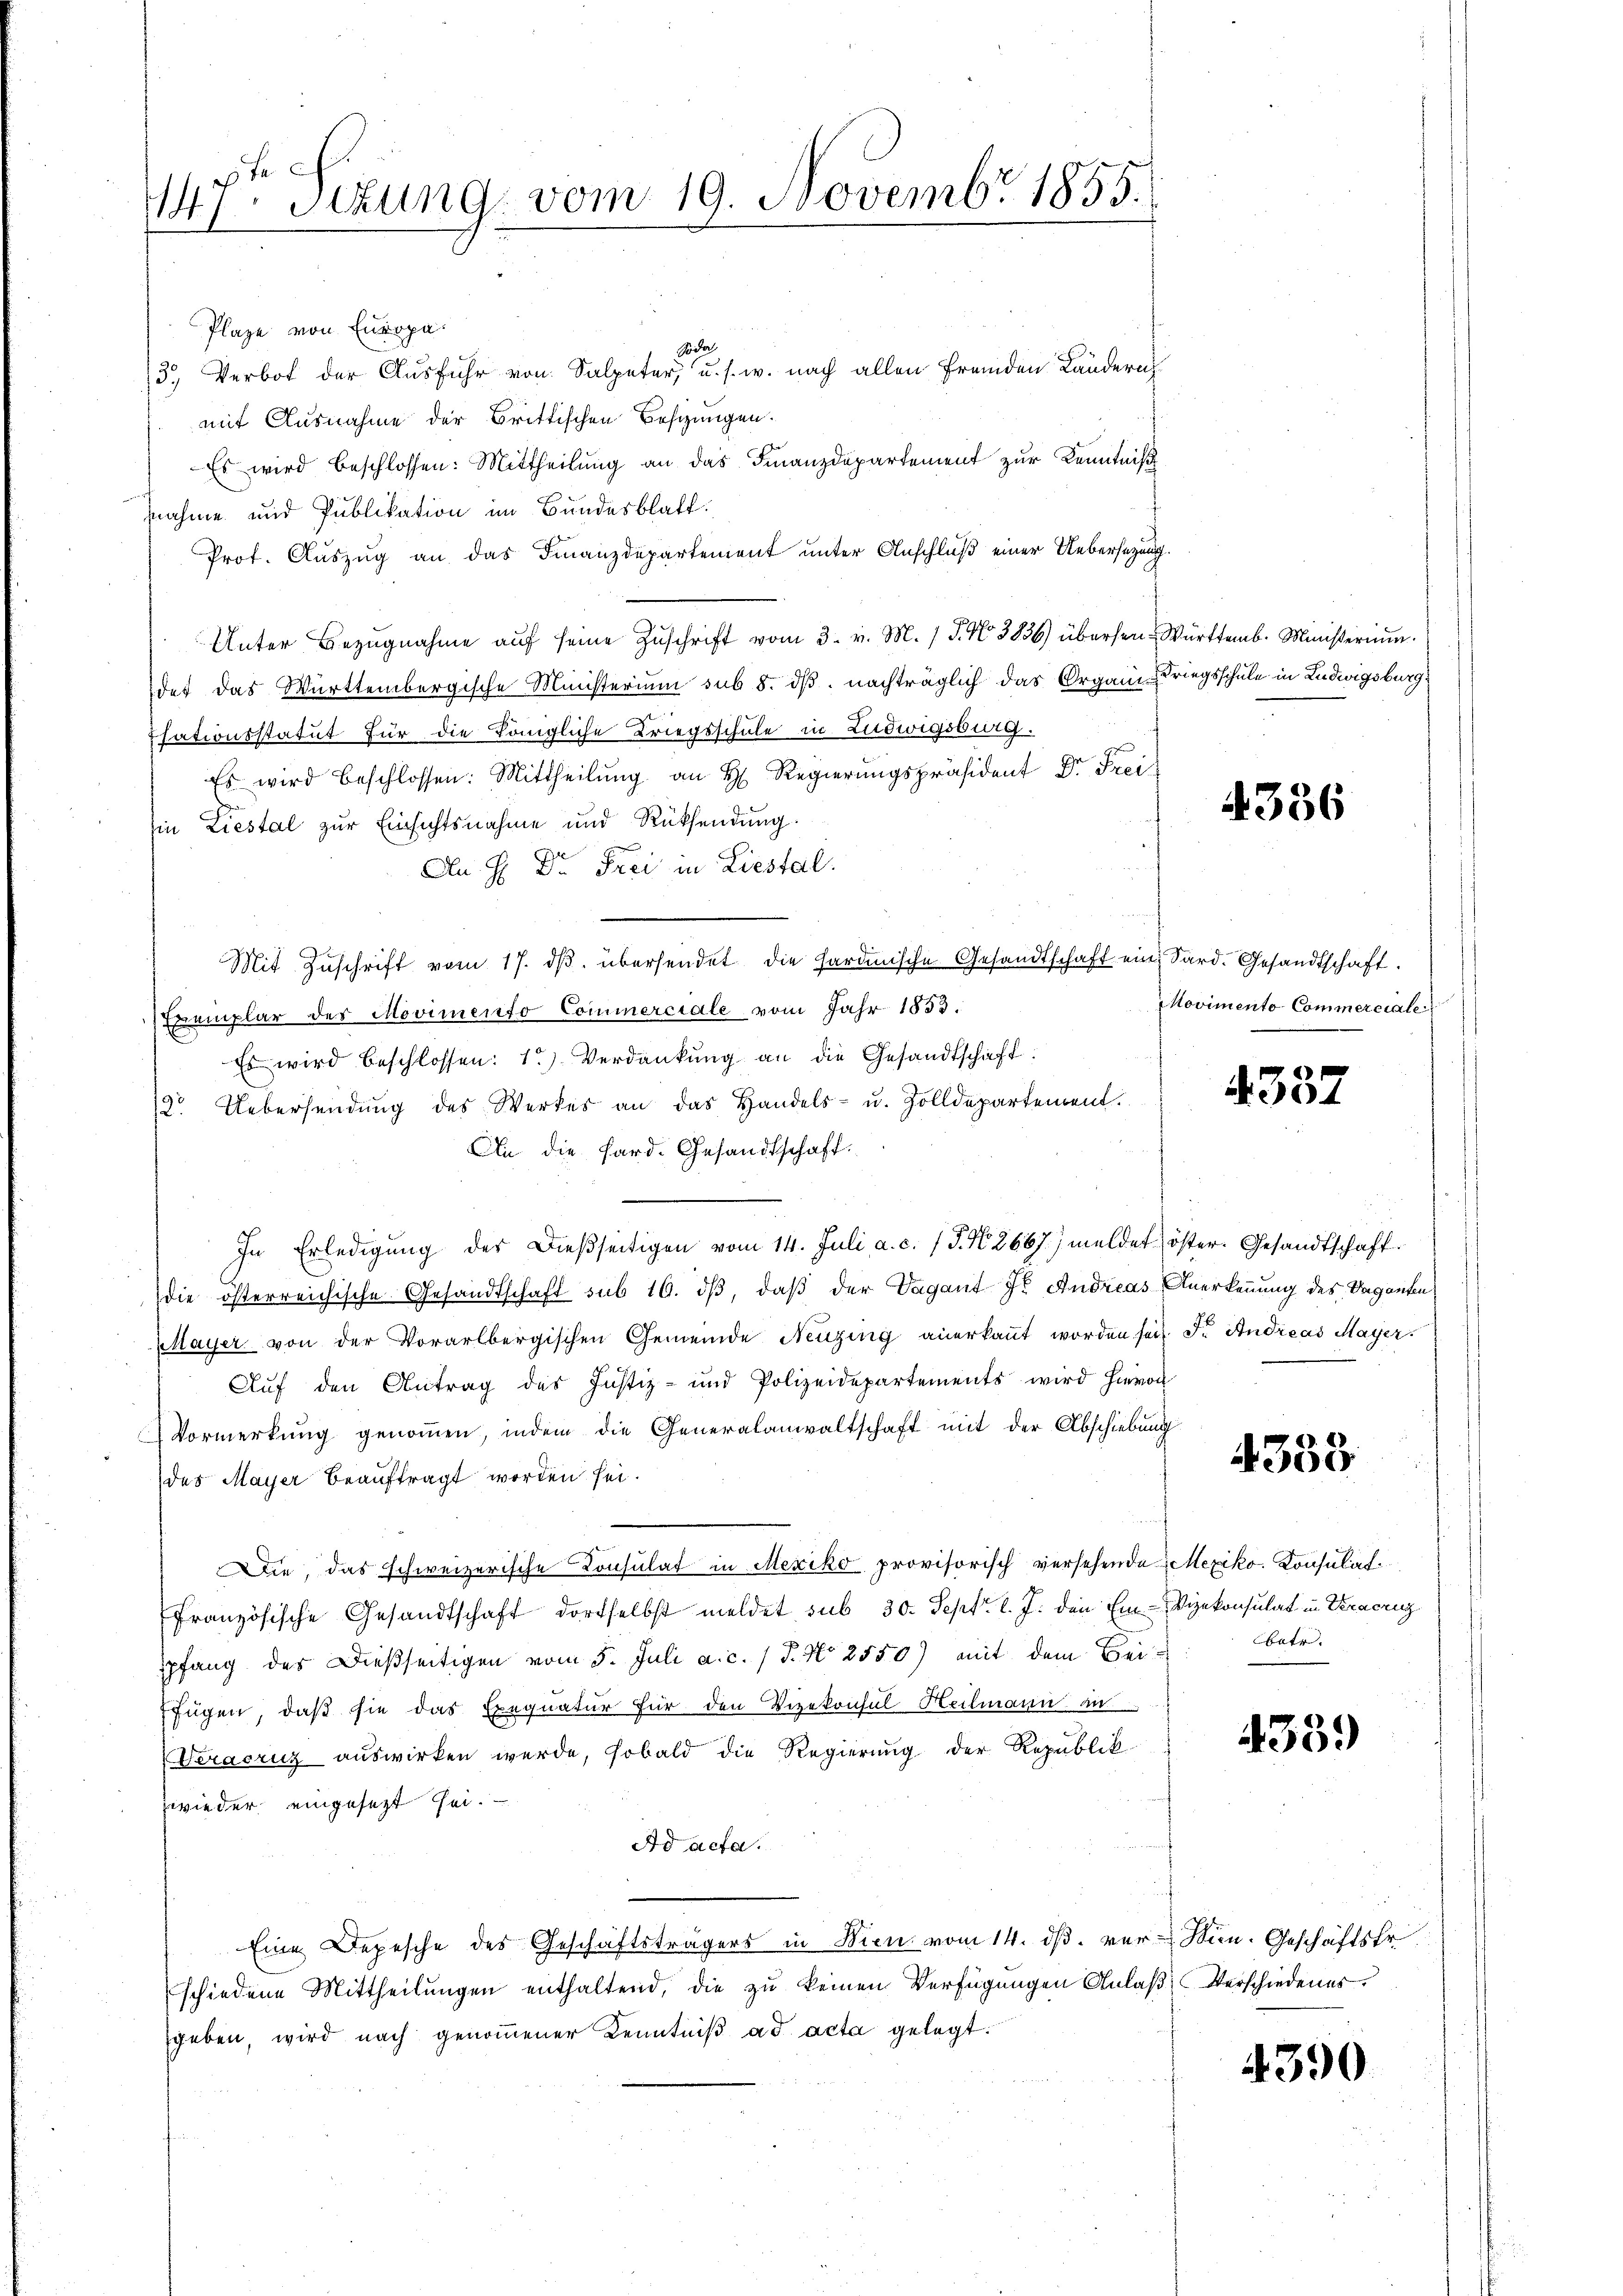
6 f
147. Sitzung vom 19. Novembr 1855.

Plaze von Europa
Soda
3. Verbot der Ausfuhr von Salpeter, u. s. w. nach allen fremden Länderich
mit Ausnahme der Brittischen Beschungen.
Es wird beschlossen: Mittheilung an das Finanzdepartement zur Kenntniß
nahme und Publikation im Bundesblatt.
Prof. Auszug an das Finanzdepartement unter Anschluß einer Uebersezung
Unter Bezŭgnahme aŭf seine Zŭschrift vom 3. v. M. P. Nr. 3836) übersen Württemb. Ministerium.
det das Württembergische Ministerium sub 8. dβ. nachträglich das Organi Kriegsschule in Ludwigsburg
Esationsstatut für die Königliche Kriegsschule in Ludwigsburg.
Es wird beschlossen: Mittheilung an H. Regierungspräsident Dr. Frei
in Liestal zur Einsichtsnahme und Rücksendung.
An H: Dr. Frei in Liestal.
Mit Zuschrift vom 17. dβ übersendet die sardinische Gesandtschaft ein Sard. Gesandtschaft.
Exemplar des Movimenfo Commerciale vom Jahr 1853.
Es wird beschlossen: 1.) Verdankŭng an die Gesandtschaft:
19. Uebersendŭng des Werkes an das Handels- u. Zolldepartement.
An die Sard. Gesandtschaft.
In Erledigŭng der dießseitigen vom 14. Juli a. c. (T. N. 2667) meldet öster. Gesandtschaft.
die österreichische Gesandtschaft sub 16. dβ, daß der Vagant Fr. Andreas Anerkennung des Vaganten
Mayer von der Vorarlbergischen Gemeinde Neuzing anerkaṅt worden sei. Fr. Andreas Mayer
Aŭf den Antrag des Justiz- und Polizeidepartements wird hievon
Vormerkung genommen, indem die Generalanwaltschaft mit der Abschiebung
des Mayer beauftragt worden sei.
Die, das schweizerische Konsulat in Mexiko provisorisch versehende Mexiko. Konsulat
französische Gesandtschaft dortselbst meldet sub 30. Sept. l. J. den Ein-Vizekonsulat in Veracrig
pfang des Dießseitigen vom 5. Juli a. c. 1 P. No 2550) mit dem Beifügen, daß sie das Exequatur für den Vizekonsul Heilmann in
(Veracruz auswirken wurde, sobald die Regierung der Republik
zwieder eingesezt sei.
Ad acta.
Eine Depesche des Geschäftsträgers in Bien vom 14. dβ ver- Min. Geschäftsfr.
schiedene Mittheilŭngen enthaltend, die zŭ keinen Verfügungen Anlaβ Verschiedenes.
sgeben, wird nach genommener Kenntniß ad acta gelegt.

4336

Movimento Commerciale

4337

4338

betr.

4339)

4390